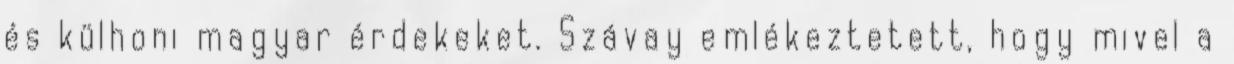
és külhoni magyar érdekeket. Szávay emlékeztetett, hogy mivel a